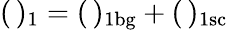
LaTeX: (\, )_{1}=(\, )_{1\mathrm{bg}}+(\, )_{1\mathrm{sc}}